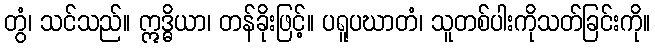
တွံ၊ သင်သည်။ ဣဒ္ဓိယာ၊ တန်ခိုးဖြင့်။ ပရူပဃာတံ၊ သူတစ်ပါးကိုသတ်ခြင်းကို။